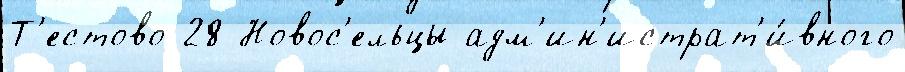
Т'естово 28 Новос'ельцы адм'ин'истрат'и́вного